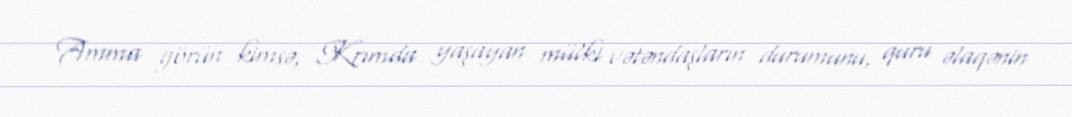
Amma görün kimsə, Krımda yaşayan mülki vətəndaşların durumunu, quru əlaqənin